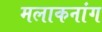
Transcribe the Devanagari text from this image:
मलाकनांग